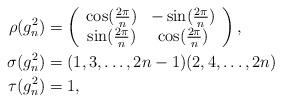
LaTeX: \begin{align*}\rho(g_n^2)&=\left(\begin{array}{cc}\cos(\frac{2\pi}{n}) & -\sin(\frac{2\pi}{n}) \\ \sin(\frac{2\pi}{n}) & \cos(\frac{2\pi}{n})\end{array}\right),\\\sigma(g_n^2)&=(1,3,\dots,2n-1)(2,4,\dots,2n) \\\tau(g_n^2)&=1,\end{align*}